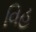
વિહ